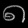
Digit: ၈